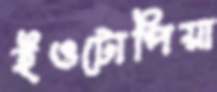
ইওটোপিয়া